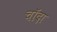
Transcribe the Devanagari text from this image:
चाॅदा